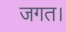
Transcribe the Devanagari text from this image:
जगत।